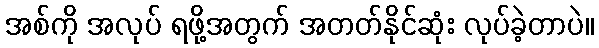
အစ်ကို အလုပ် ရဖို့အတွက် အတတ်နိုင်ဆုံး လုပ်ခဲ့တာပဲ။